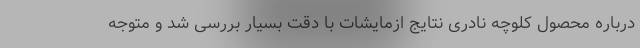
درباره محصول کلوچه نادری نتایج ازمایشات با دقت بسیار بررسی شد و متوجه